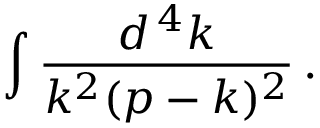
\int { \frac { d ^ { \, 4 } k } { k ^ { 2 } ( p - k ) ^ { 2 } } } \, .